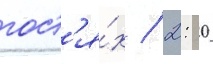
гост'я́х / 2: 0